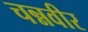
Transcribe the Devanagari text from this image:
चन्नवीर